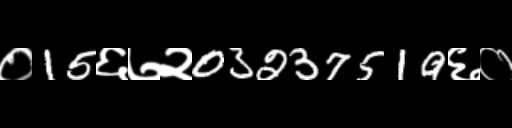
Text: ०15६७२03237519६०